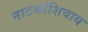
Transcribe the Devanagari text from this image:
नाटकांशिवाय